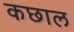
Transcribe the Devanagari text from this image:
कछाल